Physiological action of certain drugs in tablet form - Number 52A
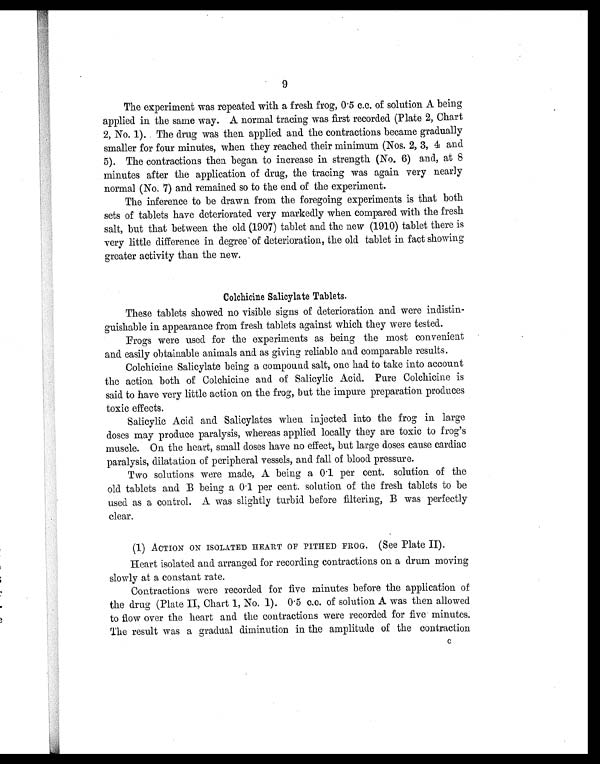
9
The experiment was repeated with a fresh frog, 0.5 c.c. of solution A being
applied in the same way. A normal tracing was first recorded (Plate 2, Chart
2, No. 1). The drug was then applied and the contractions became gradually
smaller for four minutes, when they reached their minimum (Nos. 2, 3, and
5). The contractions then began to increase in strength (No. 6) and, at 8
minutes after the application of drug, the tracing was again very nearly
normal (No. 7) and remained so to the end of the experiment.
The inference to be drawn from the foregoing experiments is that both
sets of tablets have deteriorated very markedly when compared with the fresh
salt, but that between the old (1907) tablet and the new (1910) tablet there is
very little difference in degree of deterioration, the old tablet in fact showing
greater activity than the new.
Colchicine Salicylate Tablets.
These tablets showed no visible signs of deterioration and were indistin-
guishable in appearance from fresh tablets against which they were tested.
Frogs were used for the experiments as being the most convenient
and easily obtainable animals and as giving reliable and comparable results.
Colchicine Salicylate being a compound salt, one had to take into account
the action both of Colchicine and of Salicylic Acid. Pure Colchicine is
said to have very little action on the frog, but the impure preparation produces
toxic effects.
Salicylic Acid and Salicylates when injected into the frog in large
doses may produce paralysis, whereas applied locally they are toxic to frog's
muscle. On the heart, small doses have no effect, but large doses cause cardiac
paralysis, dilatation of peripheral vessels, and fall of blood pressure.
Two solutions were made, A being a 0.1 per cent. solution of the
old tablets and B being a 0.1 per cent. solution of the fresh tablets to be
used as a control. A was slightly turbid before filtering, B was perfectly
clear.
(1) ACTION ON ISOLATED HEART OF PITIED FROG. (See Plate II).
Heart isolated and arranged for recording contractions on a drum moving
slowly at a constant rate.
Contractions were recorded for five minutes before the application of
the drug (Plate II, Chart 1, No. 1). 0.5 c.c. of solution A was then allowed
to flow over the heart and the contractions were recorded for five minutes.
Me result was a gradual diminution in the amplitude of the contraction